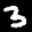
Label: 3